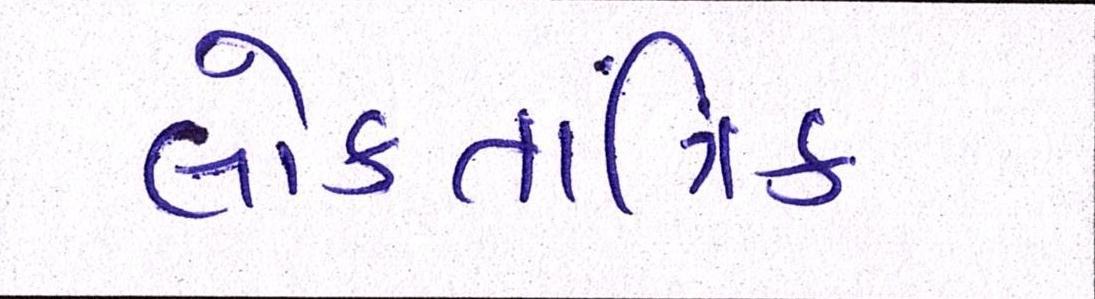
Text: લોકતાંત્રિક